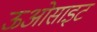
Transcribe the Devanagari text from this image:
ऊओसाइट